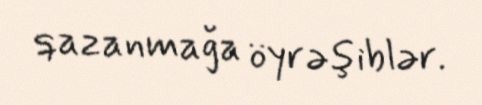
qazanmağa öyrəşiblər.